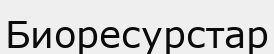
Биоресурстар